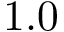
1 . 0